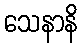
သေနာနိ